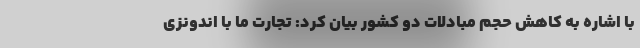
با اشاره به کاهش حجم مبادلات دو کشور بیان کرد: تجارت ما با اندونزی